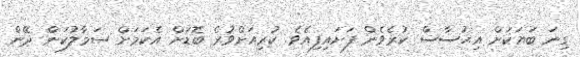
ގިނަ ބަޔަކަށް އިޙުސާސް ކުރެވެން ފަށައިފިއެވެ. ކުރިއަށްވުރެ ބޮޑަށް އެކަމަށް ސަމާލުކަން ދޭން